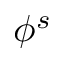
\phi ^ { s }